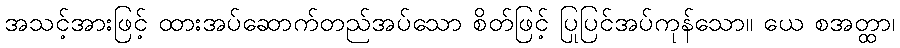
အသင့်အားဖြင့် ထားအပ်ဆောက်တည်အပ်သော စိတ်ဖြင့် ပြုပြင်အပ်ကုန်သော။ ယေ စအတ္ထာ၊